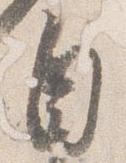
自